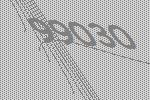
99030